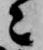
々